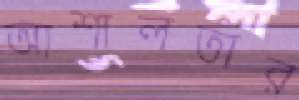
আশালতার